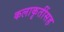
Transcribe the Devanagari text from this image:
कलाकृतींसह